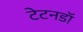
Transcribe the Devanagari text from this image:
टेटनडॉ